Medical and sanitary report of the native army of Bengal for the year
Year: 1877
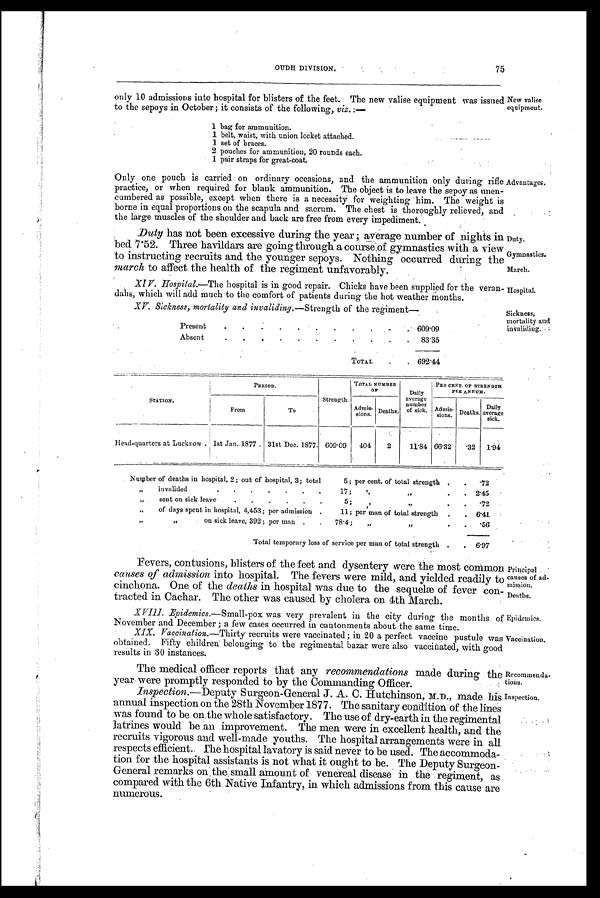
Principal
causes of ad-
mission.
Recommenda-
tions.
Inspection.
75
OUDH DIVISION.
only 10 admissions into hospital for blisters of the feet. The new valise equipment was issued
to the sepoys in October; it consists of the following, viz.:—
1 bag for ammunition.
1 belt, waist, with union locket attached.
1 set of braces.
2 pouches for ammunition, 20 rounds each.
1 pair straps for great-coat.
Only one pouch is carried on ordinary occasions, and the ammunition only during rifle
practice, or when required for blank ammunition. The object is to leave the sepoy as unen-
cumbered as possible, except when there is a necessity for weighting him. The weight is
borne in equal proportions on the scapula and sacrum. The chest is thoroughly relieved, and
the large muscles of the shoulder and back are free from every impediment.
Duty has not been excessive during the year; average number of nights in
bed 7.52. Three havildars are going through a course of gymnastics with a view
to instructing recruits and the younger sepoys. Nothing occurred during the
march to affect the health of the regiment unfavorably.
XIV . Hospital.—The hospital is in good repair. Chicks have been supplied for the veran-
dahs, which will add much to the comfort of patients during the hot weather months.
XV. Sickness, mortality and invaliding.— Strength of the regiment—
Present
.
. .
.
.
.
.
.
.
.
. 609.09
Absent
.
.
.
.
.
.
.
. .
. . 83.35
TOTAL
.
.
692.44
New valise
equipment.
Advantages.
Duty.
Gymnastics.
March.
Hospital.
Sickness,
mortality and
invaliding.
STATION.
PERIOD.
Strength.
TOTAL NUMBER
OF
Daily
average
number
of sick.
PER CENT. OF STRENGTH
PER ANNUM.
From
To
Admis -
sions.
Deaths.
Admis-
sions.
Deaths.
Daily
average
sick.
Head-quarters at Lucknow . 1st Jan. 1877 . 31st Dec. 1877. 609.09
404
2
11.84 66.32
.32
1.94
Number of deaths in hospital, 2 .; out of hospital, 3; total
5 ;
per cent. of total strength .
.
.72
”
invalided
.
.
.
.
. . .
17;
” „
.
. 2.45
„
sent on sick leave
.
.
.
.
.
.
5;
”
„
.
.
72
„
of days spent. in hospital, 4,453; per admission .
11; per man of total strength .
. 6.41
„
„
on sick leave, 392; per man .
.
78.4;
„
‘ ”
.
.
.56
Total temporary loss of service per man of total strength .
. 6.97
•
Fevers, contusions, blisters of the feet and dysentery were the most common
causes of admission into hospital. The fevers were mild, and yielded readily to
cinchona. One of the deaths in hospital was due to the sequelæ of fever con-
tracted in Cachar. The other was caused by cholera on 4th March.
XVIII. Epidemics.— Small-pox was very prevalent in the city during the months of
November and December; few cases occurred in cantonments about the same time.
XIX. Vaccination.—Thirty recruits were vaccinated; in . 20 a perfect vaccine pustule was
obtained. Fifty children belonging to the regimental bazar were also vaccinated, with good
results in 30 instances.
The medical officer reports that any recommendations made during the
year were promptly responded to by the Commanding Officer.
Inspection.—Deputy Surgeon-General J. A. C. Hutchinson, M.D., made his
annual inspection on the 28th November 1877. The sanitary Condition of the lines
was found to be on the whole satisfactory. The use of dray-earth in the regimental
latrines would be an improvement. The men were in excellent health, and the
recruits vigorous and well-made youths. The hospital arrangements were in all
respects efficient. The hospital lavatory is said never to be used. The accommoda-
tion for the hospital assistants is not what it ought to be. The Deputy Surgeon-
General remarks on the small amount of venereal disease in the regiment, as
compared with the 6th Native Infantry, in which admissions from this cause are
numerous.
Epidemics.
Vaccination.
Deaths.